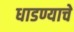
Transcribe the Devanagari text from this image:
धाडण्याचे